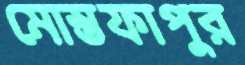
মোস্তফাপুর